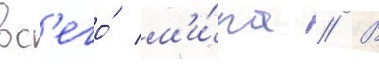
вс'его́ м'и́ра // В